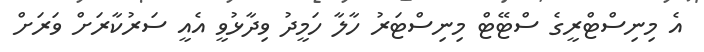
އެ މިނިސްޓްރީގެ ސްޓޭޓް މިނިސްޓަރު ހާލާ ހަމީދު ވިދާޅުވީ އެއީ ސަރުކާރަށް ވަރަށް